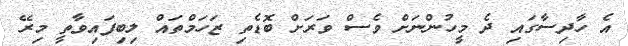
އެ ހާދިސާގައި ދެ މީހުންނަށް ވެސް ވަރަށް ބޮޑެތި ޒަހަމްތައް ލިބިފައިވާތީ މިރޭ